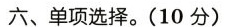
六、单项选择。(10分)